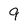
Character: 9